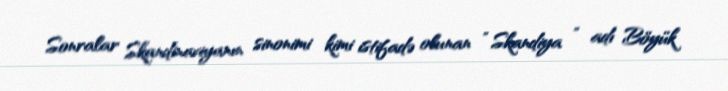
Sonralar Skandinaviyanın sinonimi kimi istifadə olunan " Skandiya " adı Böyük